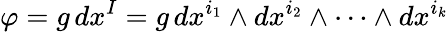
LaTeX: \varphi=g\, dx^{I}=g\, dx^{i_{1}}\wedge dx^{i_{2}}\wedge\cdots\wedge dx^{i_{k}}